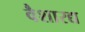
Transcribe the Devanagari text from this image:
वैशारद्य